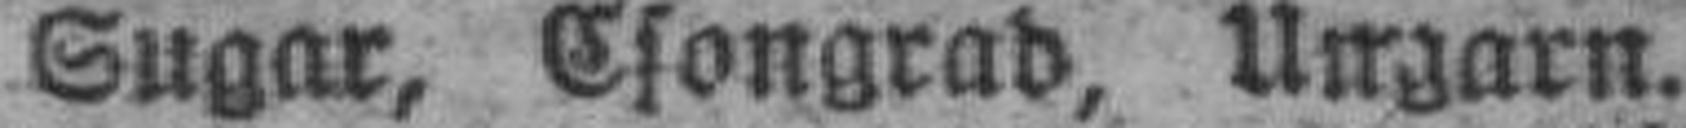
Sugar, Csongrad, Ungarn.